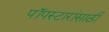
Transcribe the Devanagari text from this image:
पॉपस्टारांसाठी